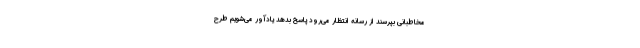
مخاطبانی بپرسند از رسانه انتظار می‌رود پاسخ بدهد یادآور می‌شویم طرح